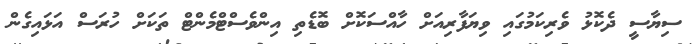
ސިޔާސީ ދެކޮޅު ވެރިކަމުގައި ވިޔަފާރިއަށް ހާއްސަކޮށް ބޮޑެތި އިންވެސްޓްމެންޓް ތަކަށް ހުރަސް އަޅައިގެން